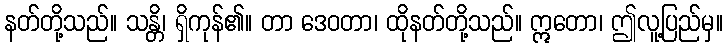
နတ်တို့သည်။ သန္တိ၊ ရှိကုန်၏။ တာ ဒေဝတာ၊ ထိုနတ်တို့သည်။ ဣတော၊ ဤလူ့ပြည်မှ။